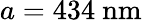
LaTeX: a=434\ \mathrm{nm}